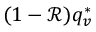
( 1 - \mathcal { R } ) q _ { v } ^ { * }